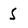
Character: 5